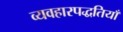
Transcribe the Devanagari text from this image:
व्यवहारपद्धतियाँ